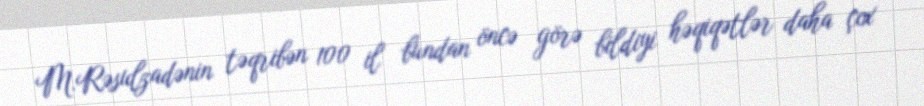
M.Rəsulzadənin təqribən 100 il bundan öncə görə bildiyi həqiqətlər daha çox